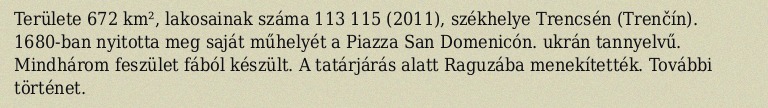
Területe 672 km², lakosainak száma 113 115 (2011), székhelye Trencsén (Trenčín). 1680-ban nyitotta meg saját műhelyét a Piazza San Domenicón. ukrán tannyelvű. Mindhárom feszület fából készült. A tatárjárás alatt Raguzába menekítették. További történet.